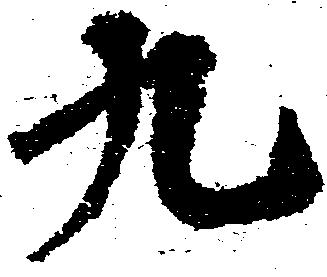
九